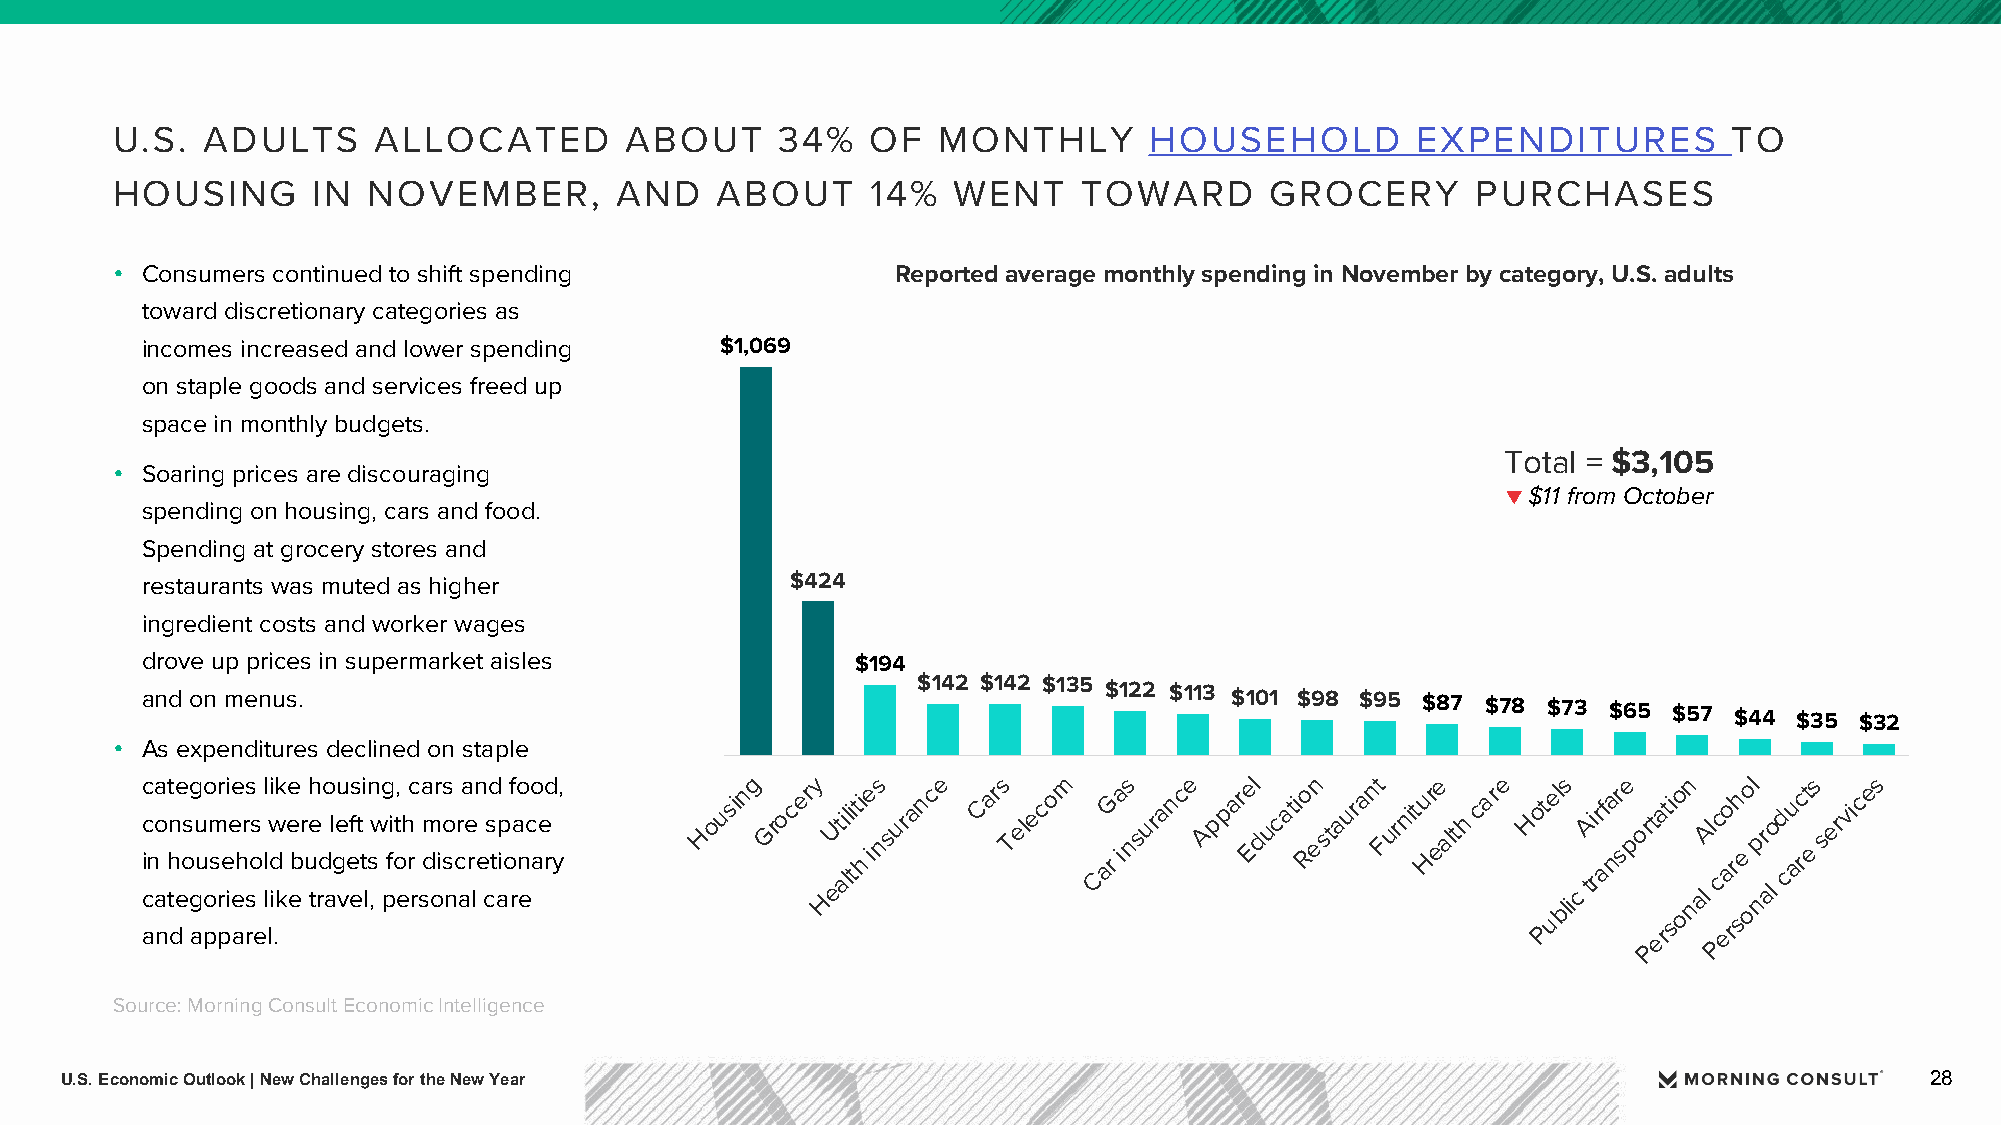
U.S.  ADULTS      ALLOCATED       ABOUT      34%   OF  MONTHLY       HOUSEHOLD         EXPENDITURES         TO
 HOUSING       IN NOVEMBER,        AND   ABOUT      14%  WENT     TOWARD      GROCERY       PURCHASES
 • Consumers continued to shift spending            Reported average monthly spending in November by category, U.S. adults
 toward discretionary categories as
 incomes increased and lower spending   $1,069
 on staple goods and services freed up
 space in monthly budgets.
 Total = $3,105
 • Soaring prices are discouraging
 ▼ $11 from October
 spending on housing, cars and food.
 Spending at grocery stores and
 restaurants was muted as higher            $424
 ingredient costs and worker wages
 drove up prices in supermarket aisles           $194
 and on menus.                                       $142 $142 $135 $122 $113 $101 $98 $95 $87 $78 $73 $65 $57 $44 $35 $32
 • As expenditures declined on staple
 c c
 i
 c
 ana o
 a
 n
 t thn de eos g
 g
 au
 u
 po om
 s
 pr rei iee
 e
 ahr rs sos
 e
 ll
 l
 lw di
 i
 .k
 k
 ee ebr uh te rdo al geu vef es t ti
 l
 n
 s
 ,w pg fi ot e, h rc
 r
 sa m
 d
 or ios
 s
 n
 cr aa e
 r
 ln
 e
 csd
 t
 aip of rao
 n
 eco
 a
 e rd y,   Housing Grocery HeUt ai lli tti
 h
 ies nsurance Cars Teleco m CarG ias nsurance Appar Eel ducati Ro en staurant Furnitu Hr ee alth care Ho Pt uel bs
 lic
 tAi rr afa nr se po Prt ea rti soon nalA l Pcc eao rrh
 se
 ool p nr alo d cu arct
 e
 s services
 Source: Morning Consult Economic Intelligence
 U.S. Economic Outlook | New Challenges for the New Year                                                                     28